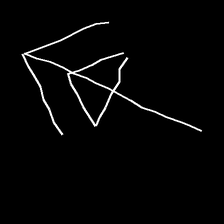
Glyph: pull